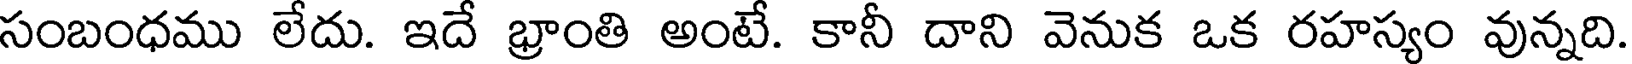
సంబంధము లేదు. ఇదే భ్రాంతి అంటే. కానీ దాని వెనుక ఒక రహస్యం వున్నది